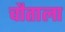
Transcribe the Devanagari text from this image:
चौताला